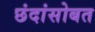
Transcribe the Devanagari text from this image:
छंदांसोबत